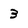
Character: 3